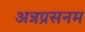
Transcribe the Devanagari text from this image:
अन्नप्रसनम